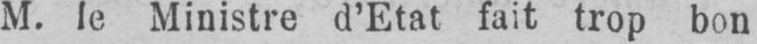
M. le Ministre d’Etat fait trop bon